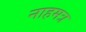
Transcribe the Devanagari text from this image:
नाहमत्र